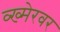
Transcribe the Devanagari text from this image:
व्ख्मेरवर